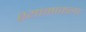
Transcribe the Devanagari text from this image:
श्यामाकल्प